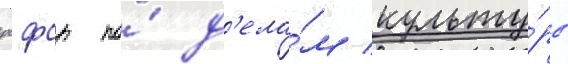
рсфср по́ д'ела́м культу́ры